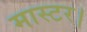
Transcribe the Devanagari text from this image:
मास्‍टर।